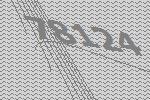
78124